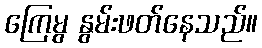
ကြေမွ နွမ်းဖတ်နေသည်။